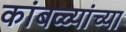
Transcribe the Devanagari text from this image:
कांबळ्यांच्या